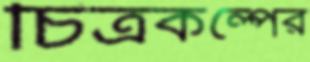
চিত্রকল্পের